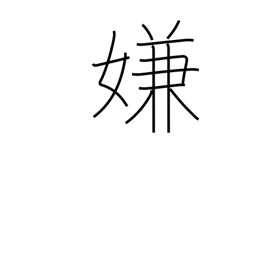
Meaning: detest